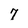
Character: 7